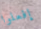
إفعلوا